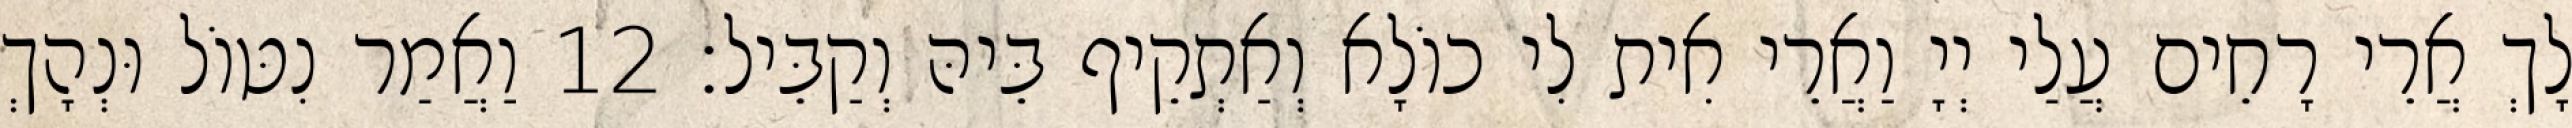
לָךְ אֲרֵי רָחֵים עֲלַי יְיָ וַאֲרֵי אִית לִי כוֹלָא וְאַתְקֵיף בֵּיהּ וְקַבֵּיל׃ 12 וַאֲמַר נִטּוֹל וּנְהָךְ